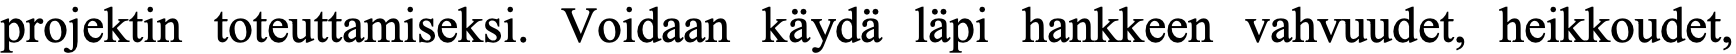
projektin toteuttamiseksi. Voidaan käydä läpi hankkeen vahvuudet, heikkoudet,